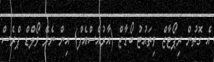
އެ ގޮތުން ރިޕޯޓާޒް ވިތައުޓު ބޯޑާޒް (އާރުއެސްއެފް) އިން ނެރޭ ވޯލްޑް ޕްރެސް